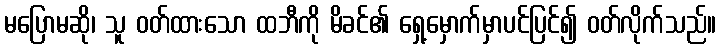
မပြောမဆို၊ သူ ဝတ်ထားသော ထဘီကို မိခင်၏ ရှေ့မှောက်မှာပင်ပြင်၍ ဝတ်လိုက်သည်။